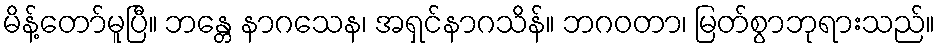
မိန့်တော်မူပြီ။ ဘန္တေ နာဂသေန၊ အရှင်နာဂသိန်။ ဘဂဝတာ၊ မြတ်စွာဘုရားသည်။